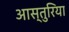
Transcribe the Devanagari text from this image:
आस्तुरिया